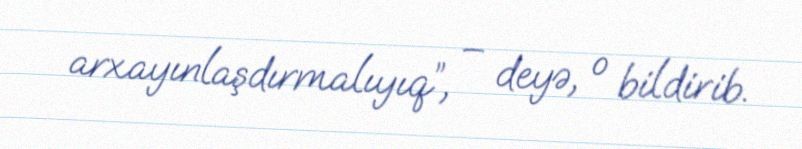
arxayınlaşdırmalıyıq”, – deyə, o bildirib.